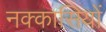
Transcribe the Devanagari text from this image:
नक्‍कासियों